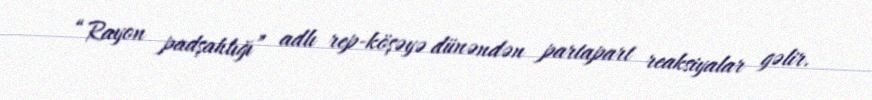
“Rayon padşahlığı” adlı rep-köşəyə dünəndən partapart reaksiyalar gəlir.